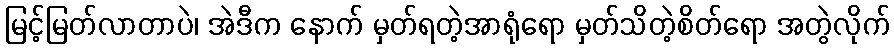
မြင့်မြတ်လာတာပဲ၊ အဲဒီက နောက် မှတ်ရတဲ့အာရုံရော မှတ်သိတဲ့စိတ်ရော အတွဲလိုက်